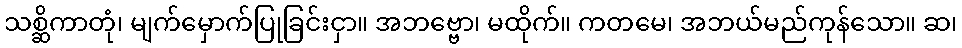
သစ္ဆိကာတုံ၊ မျက်မှောက်ပြုခြင်းငှာ။ အဘဗ္ဗော၊ မထိုက်။ ကတမေ၊ အဘယ်မည်ကုန်သော။ ဆ၊